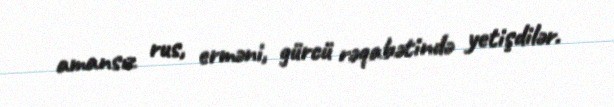
amansız rus, erməni, gürcü rəqabətində yetişdilər.